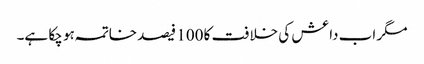
مگر اب داعش کی خلافت کا 100 فیصد خاتمہ ہو چکا ہے۔